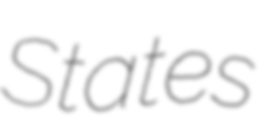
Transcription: States